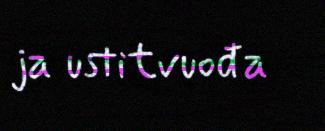
ja ustitvuođa